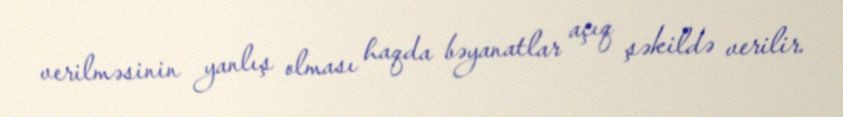
verilməsinin yanlış olması haqda bəyanatlar açıq şəkildə verilir.